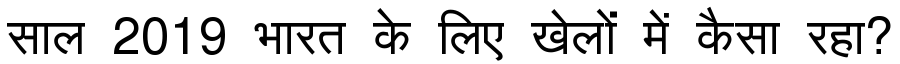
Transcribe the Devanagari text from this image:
साल 2019 भारत के लिए खेलों में कैसा रहा?